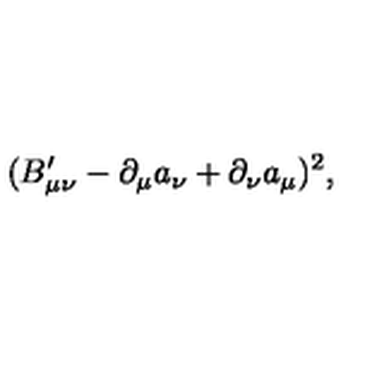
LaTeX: ( B _ { \mu \nu } ^ { \prime } - \partial _ { \mu } a _ { \nu } + \partial _ { \nu } a _ { \mu } ) ^ { 2 } ,